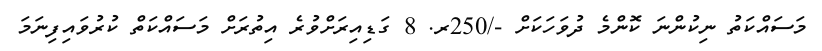
މަސައްކަތު ނިކުންނަ ކޮންމެ ދުވަހަކަށް -/250ރ. 8 ގަޑިއިރަށްވުރެ އިތުރަށް މަސައްކަތް ކުރުވައިފިނަމަ